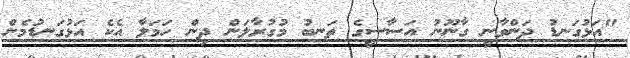
"އަޅުގަނޑު ދަންވާނީ ގާނޫނު އަސާސީގެ ތަނބު މުގުރާލަން ދިން ހަމަލާ އެކެ އަޅުގަނޑުމެން